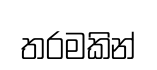
තරමකින්